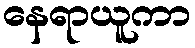
နေရာယူကာ